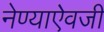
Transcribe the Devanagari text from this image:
नेण्याऐवजी